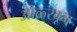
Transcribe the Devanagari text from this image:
ओळ्खून